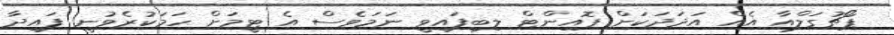
ޕޯޗުގަލްއާ އެއް އަދަދަކަށް ޕޮއިންޓް ލިބިފައިވީ ނަމަވެސް އެ ޓީމަށް ހަމަކުރެވުނީ ފައިދާ